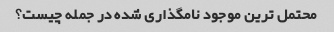
محتمل ترین موجود نامگذاری شده در جمله چیست؟